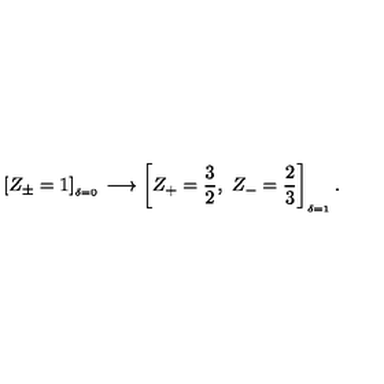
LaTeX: \left[ Z _ { \pm } = 1 \right] _ { ^ { _ { _ { \delta = 0 } } } } \longrightarrow \left[ Z _ { + } = \frac { 3 } { 2 } , \ Z _ { - } = \frac { 2 } { 3 } \right] _ { _ { \delta = 1 } } .